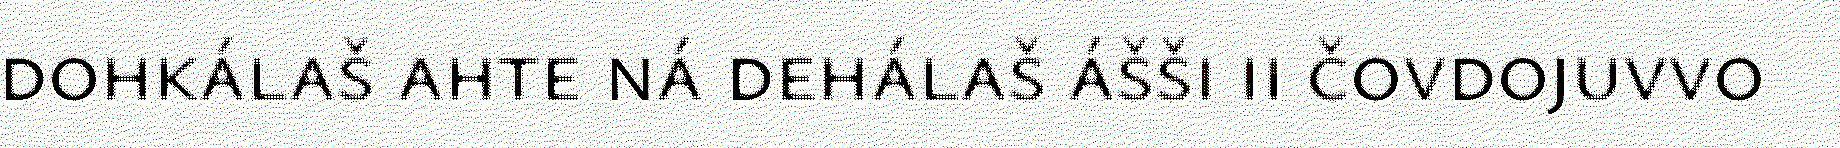
dohkálaš ahte ná dehálaš ášši ii čovdojuvvo